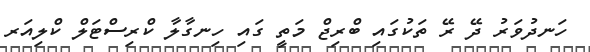
ހަނދުވަރު ދޭ ރޭ ތަކުގައި ބްރިޖް މަތީ ގައި ހިނގާލާ ކްރިސްޓަލް ކްލިއަރ